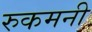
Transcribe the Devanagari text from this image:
रुकमनी